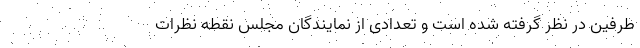
طرفین در نظر گرفته شده است و تعدادی از نمایندگان مجلس نقطه نظرات